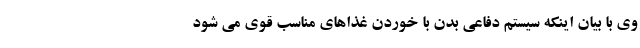
وی با بیان اینکه سیستم دفاعی بدن با خوردن غذاهای مناسب قوی می شود